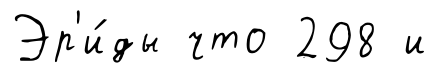
Эр'и́ды что 298 и